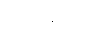
အစိုးရသစ်